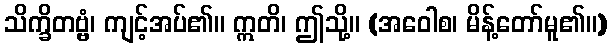
သိက္ခိတဗ္ဗံ၊ ကျင့်အပ်၏။ ဣတိ၊ ဤသို့။ (အဝေါစ၊ မိန့်တော်မူ၏။)